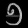
Digit: ၅